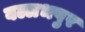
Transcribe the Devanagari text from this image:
बल्लभपुर